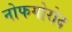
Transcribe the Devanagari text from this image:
नोफगोरोद